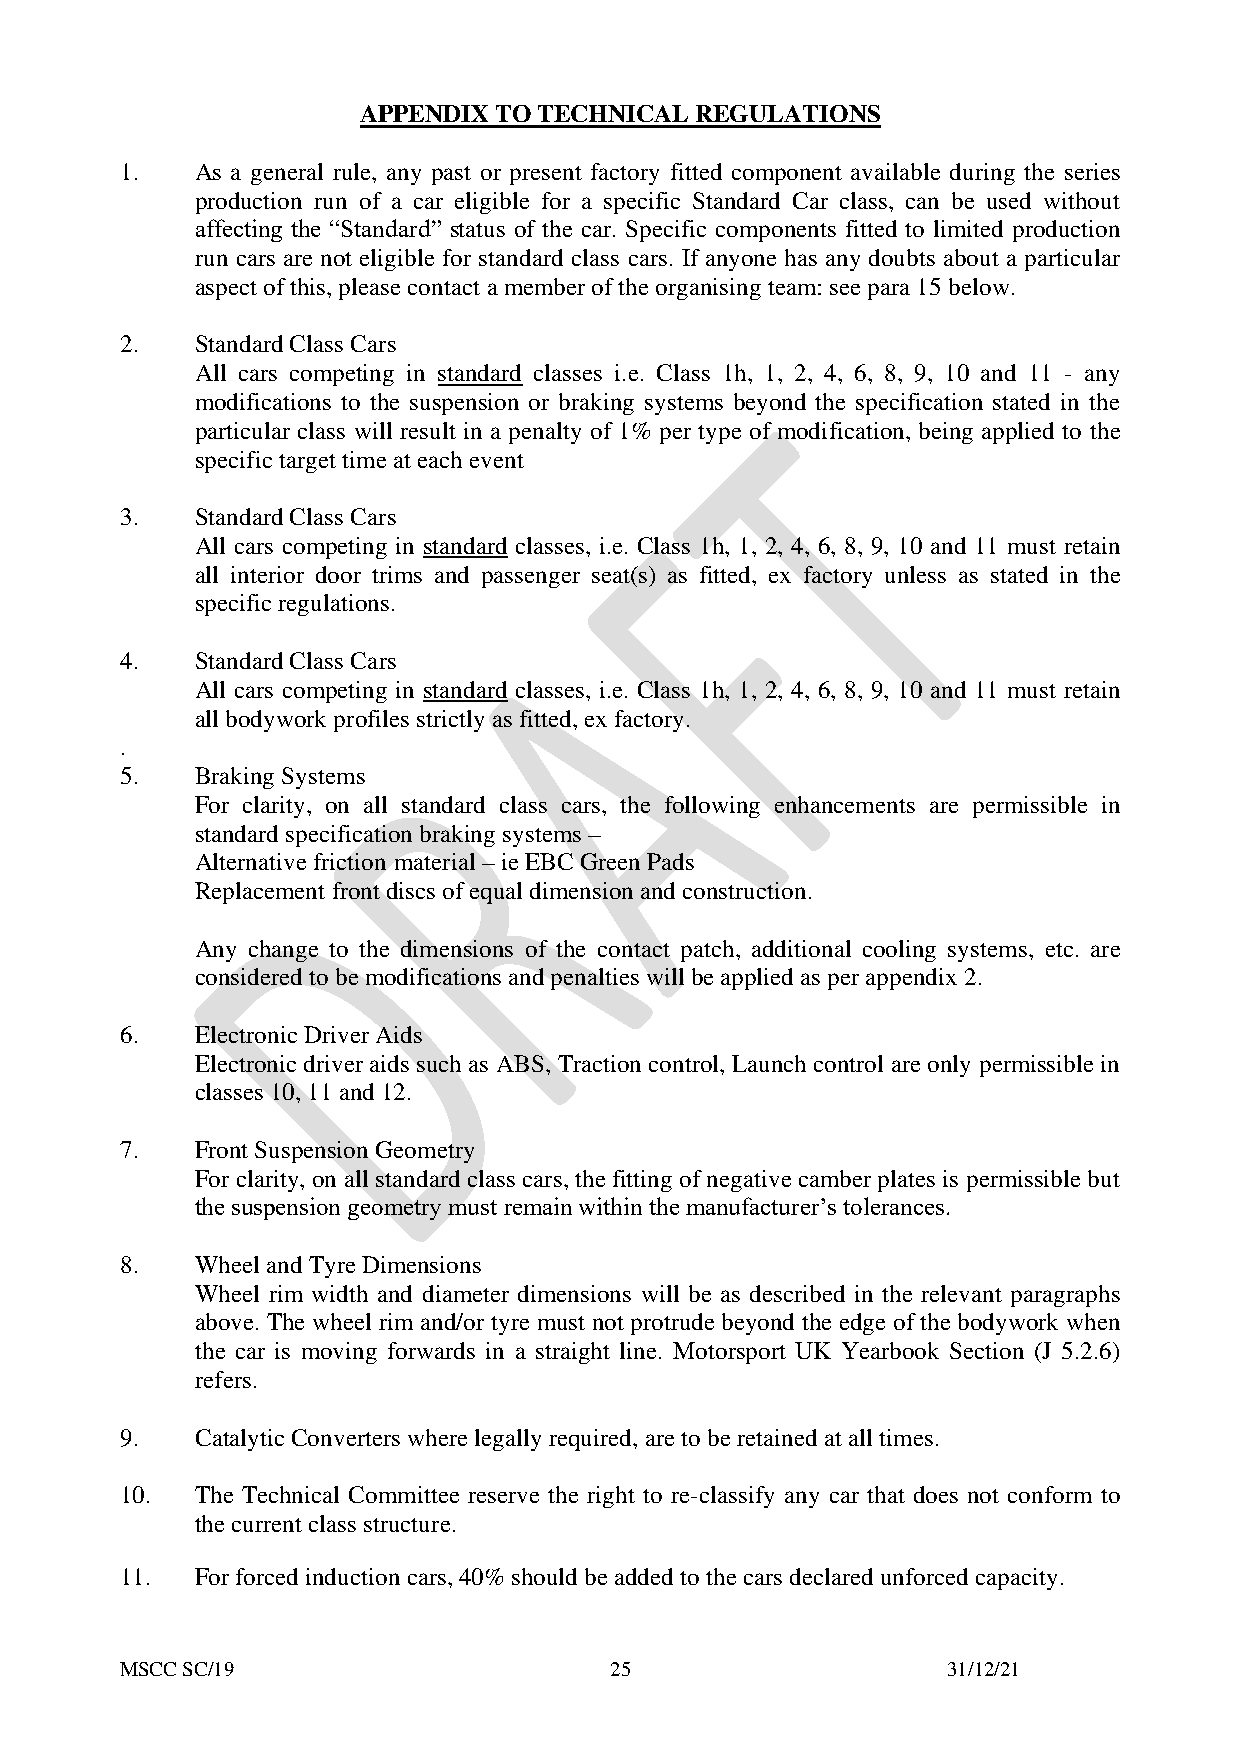
APPENDIX TO TECHNICAL REGULATIONS
 1.   As a general rule, any past or present factory fitted component available during the series
 production run of a car eligible for a specific Standard Car class, can be used without
 affecting the “Standard” status of the car. Specific components fitted to limited production
 run cars are not eligible for standard class cars. If anyone has any doubts about a particular
 aspect of this, please contact a member of the organising team: see para 15 below.
 2.   Standard Class Cars
 All cars competing in standard classes i.e. Class 1h, 1, 2, 4, 6, 8, 9, 10 and 11 - any
 modifications to the suspension or braking systems beyond the specification stated in the
 particular class will result in a penalty of 1% per type of modification, being applied to the
 specific target time at each event
 3.   Standard Class Cars
 All cars competing in standard classes, i.e. Class 1h, 1, 2, 4, 6, 8, 9, 10 and 11 must retain
 all interior door trims and passenger seat(s) as fitted, ex factory unless as stated in the
 specific regulations.
 4.   Standard Class Cars
 All cars competing in standard classes, i.e. Class 1h, 1, 2, 4, 6, 8, 9, 10 and 11 must retain
 all bodywork profiles strictly as fitted, ex factory.
 .
 5.   Braking Systems
 For clarity, on all standard class cars, the following enhancements are permissible in
 standard specification braking systems –
 Alternative friction material – ie EBC Green Pads
 Replacement front discs of equal dimension and construction.
 Any change to the dimensions of the contact patch, additional cooling systems, etc. are
 considered to be modifications and penalties will be applied as per appendix 2.
 6.   Electronic Driver Aids
 Electronic driver aids such as ABS, Traction control, Launch control are only permissible in
 classes 10, 11 and 12.
 7.   Front Suspension Geometry
 For clarity, on all standard class cars, the fitting of negative camber plates is permissible but
 the suspension geometry must remain within the manufacturer’s tolerances.
 8.   Wheel and Tyre Dimensions
 Wheel rim width and diameter dimensions will be as described in the relevant paragraphs
 above. The wheel rim and/or tyre must not protrude beyond the edge of the bodywork when
 the car is moving forwards in a straight line. Motorsport UK Yearbook Section (J 5.2.6)
 refers.
 9.   Catalytic Converters where legally required, are to be retained at all times.
 10.  The Technical Committee reserve the right to re-classify any car that does not conform to
 the current class structure.
 11.  For forced induction cars, 40% should be added to the cars declared unforced capacity.
 MSCC SC/19                      25                     31/12/21